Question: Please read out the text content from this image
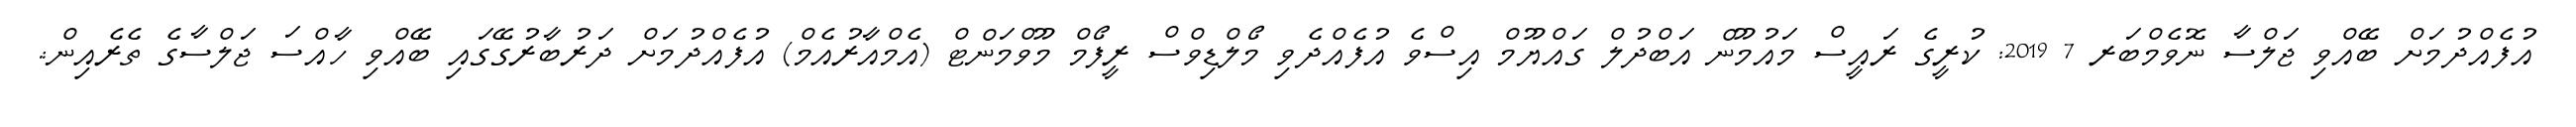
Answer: އުފެއްދުމަށް ބޭއްވި ޖަލްސާ ނޮވެމްބަރ 7 2019: ކުރީގެ ރައީސް މައުމޫން އަބްދުލް ގައްޔޫމް އިސްވެ އުފެއްދެވި މޯލްޑިވްސް ރީފޯމް މޫވްމަންޓް (އެމްއާރުއެމް) އުފެއްދުމަށް ދަރުބާރުގޭގައި ބޭއްވި ހާއްސަ ޖަލްސާގެ ތެރެއިން:.